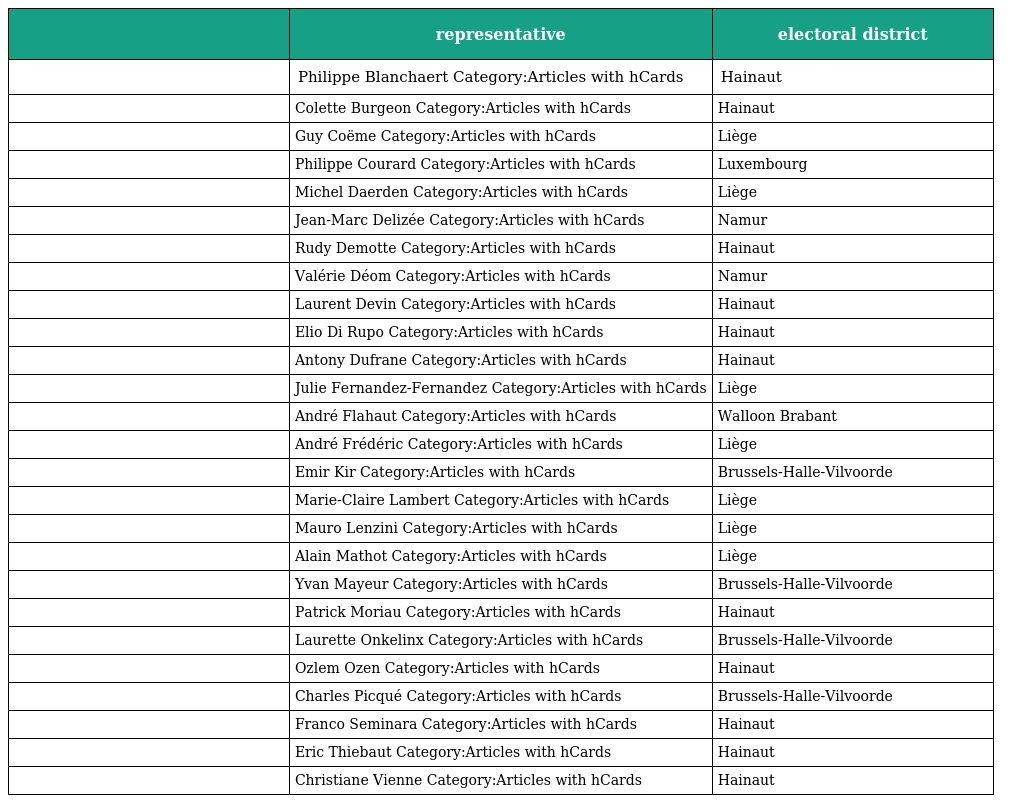
|  | representative | electoral district |
 | --- | --- | --- |
 |  | Philippe Blanchaert Category:Articles with hCards | Hainaut |
 |  | Colette Burgeon Category:Articles with hCards | Hainaut |
 |  | Guy Coëme Category:Articles with hCards | Liège |
 |  | Philippe Courard Category:Articles with hCards | Luxembourg |
 |  | Michel Daerden Category:Articles with hCards | Liège |
 |  | Jean-Marc Delizée Category:Articles with hCards | Namur |
 |  | Rudy Demotte Category:Articles with hCards | Hainaut |
 |  | Valérie Déom Category:Articles with hCards | Namur |
 |  | Laurent Devin Category:Articles with hCards | Hainaut |
 |  | Elio Di Rupo Category:Articles with hCards | Hainaut |
 |  | Antony Dufrane Category:Articles with hCards | Hainaut |
 |  | Julie Fernandez-Fernandez Category:Articles with hCards | Liège |
 |  | André Flahaut Category:Articles with hCards | Walloon Brabant |
 |  | André Frédéric Category:Articles with hCards | Liège |
 |  | Emir Kir Category:Articles with hCards | Brussels-Halle-Vilvoorde |
 |  | Marie-Claire Lambert Category:Articles with hCards | Liège |
 |  | Mauro Lenzini Category:Articles with hCards | Liège |
 |  | Alain Mathot Category:Articles with hCards | Liège |
 |  | Yvan Mayeur Category:Articles with hCards | Brussels-Halle-Vilvoorde |
 |  | Patrick Moriau Category:Articles with hCards | Hainaut |
 |  | Laurette Onkelinx Category:Articles with hCards | Brussels-Halle-Vilvoorde |
 |  | Ozlem Ozen Category:Articles with hCards | Hainaut |
 |  | Charles Picqué Category:Articles with hCards | Brussels-Halle-Vilvoorde |
 |  | Franco Seminara Category:Articles with hCards | Hainaut |
 |  | Eric Thiebaut Category:Articles with hCards | Hainaut |
 |  | Christiane Vienne Category:Articles with hCards | Hainaut |